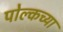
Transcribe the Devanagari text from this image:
पोल्कच्या